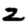
Digit: 2